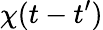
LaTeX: \chi(t-t^{\prime})